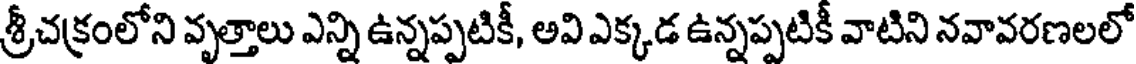
శ్రీచక్రంలోని వృత్తాలు ఎన్ని ఉన్నప్పటికీ, అవి ఎక్కడ ఉన్నప్పటికీ వాటిని నవావరణలలో